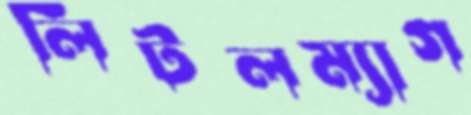
লিটলম্যাগ